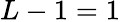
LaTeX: L-1=1